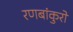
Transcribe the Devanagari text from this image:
रणबांकुरों